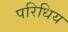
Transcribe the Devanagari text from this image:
परिधिय